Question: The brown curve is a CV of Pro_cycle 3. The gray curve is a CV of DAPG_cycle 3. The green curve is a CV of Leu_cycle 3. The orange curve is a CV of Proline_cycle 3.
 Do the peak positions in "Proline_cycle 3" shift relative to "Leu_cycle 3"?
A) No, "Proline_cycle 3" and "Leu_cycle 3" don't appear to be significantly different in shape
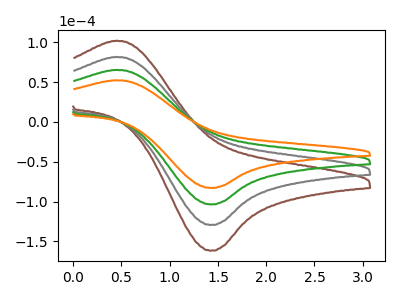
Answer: <think>The brown curve "Pro_cycle 3" has an anodic peak at (0.45V, 195.55uA) and a cathodic peak at (1.45V, -310.40uA). The gray curve "DAPG_cycle 3" has an anodic peak at (0.45V, 130.35uA) and a cathodic peak at (1.45V, -206.95uA). The green curve "Leu_cycle 3" has an anodic peak at (0.45V, 65.20uA) and a cathodic peak at (1.45V, -103.45uA). The orange curve "Proline_cycle 3" has an anodic peak at (0.45V, 52.15uA) and a cathodic peak at (1.45V, -82.80uA).
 All the peaks in "Proline_cycle 3" have a peak in "Leu_cycle 3" at the same potential. Every peak in "Proline_cycle 3" is lower than every peak in "Leu_cycle 3".</think>
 <answer>A) No, "Proline_cycle 3" and "Leu_cycle 3" don't appear to be significantly different in shape</answer>
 <eval>A</eval>